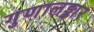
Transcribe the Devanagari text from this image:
गुणालङ्कार